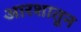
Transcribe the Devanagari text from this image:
आरशातून